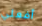
أفعلي